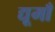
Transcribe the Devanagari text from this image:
द्यूमाँ